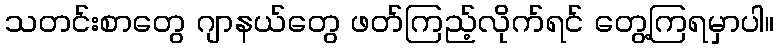
သတင်းစာတွေ ဂျာနယ်တွေ ဖတ်ကြည့်လိုက်ရင် တွေ့ကြရမှာပါ။